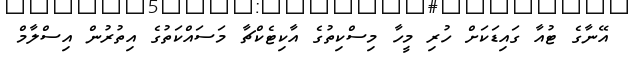
އޭނާގެ ޓުއާ ގައިޑަކަށް ހުރި މީހާ މިސްކިތުގެ އާކިޓެކްޗާ މަސައްކަތުގެ އިތުރުން އިސްލާމް